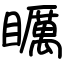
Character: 矋